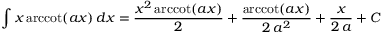
\int x \operatorname { a r c c o t } ( a x ) \, d x = { \frac { x ^ { 2 } \operatorname { a r c c o t } ( a x ) } { 2 } } + { \frac { \operatorname { a r c c o t } ( a x ) } { 2 \, a ^ { 2 } } } + { \frac { x } { 2 \, a } } + C